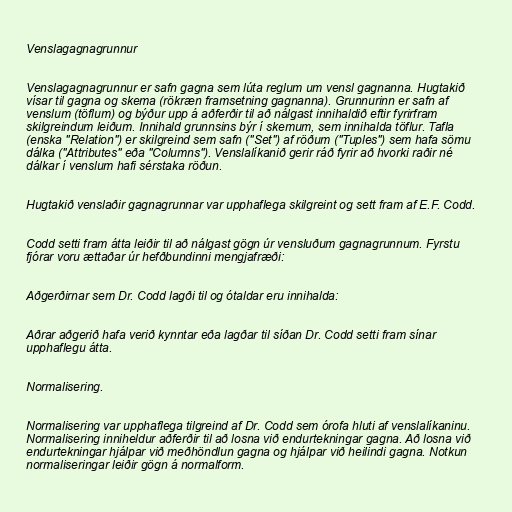
Venslagagnagrunnur

Venslagagnagrunnur er safn gagna sem lúta reglum um vensl gagnanna. Hugtakið
vísar til gagna og skema (rökræn framsetning gagnanna). Grunnurinn er safn af
venslum (töflum) og býður upp á aðferðir til að nálgast innihaldið eftir fyrirfram
skilgreindum leiðum. Innihald grunnsins býr í skemum, sem innihalda töflur. Tafla
(enska "Relation") er skilgreind sem safn ("Set") af röðum ("Tuples") sem hafa sömu
dálka ("Attributes" eða "Columns"). Venslalíkanið gerir ráð fyrir að hvorki raðir né
dálkar í venslum hafi sérstaka röðun.

Hugtakið venslaðir gagnagrunnar var upphaflega skilgreint og sett fram af E.F. Codd.

Codd setti fram átta leiðir til að nálgast gögn úr vensluðum gagnagrunnum. Fyrstu
fjórar voru ættaðar úr hefðbundinni mengjafræði:

Aðgerðirnar sem Dr. Codd lagði til og ótaldar eru innihalda:

Aðrar aðgerið hafa verið kynntar eða lagðar til síðan Dr. Codd setti fram sínar
upphaflegu átta.

Normalisering.

Normalisering var upphaflega tilgreind af Dr. Codd sem órofa hluti af venslalíkaninu.
Normalisering inniheldur aðferðir til að losna við endurtekningar gagna. Að losna við
endurtekningar hjálpar við meðhöndlun gagna og hjálpar við heilindi gagna. Notkun
normaliseringar leiðir gögn á normalform.